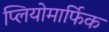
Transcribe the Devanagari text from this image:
प्लियोमार्फिक